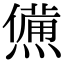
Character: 㷶